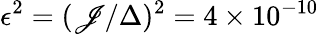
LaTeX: \epsilon^{2}=(\mathscr{J}/\Delta)^{2}=4\times10^{-10}